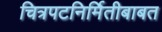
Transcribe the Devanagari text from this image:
चित्रपटनिर्मितीबाबत